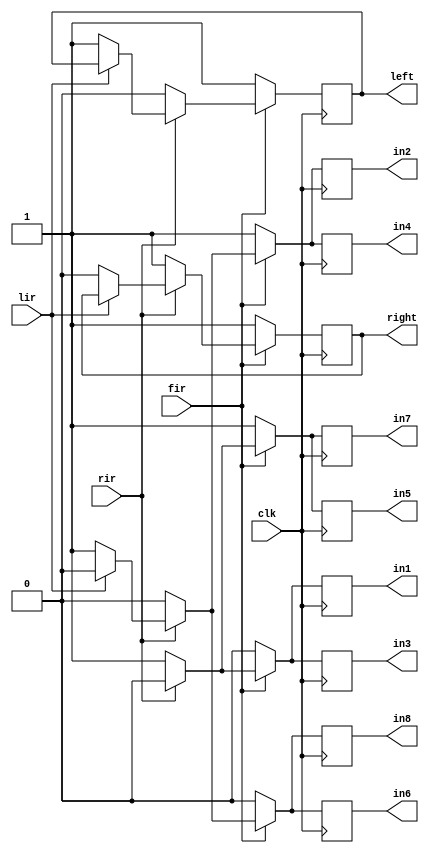
 module motorDrive ( output reg
    in1,
     in2,
      in3,
       in4,
        in5, 
        in6,
         in7,
          in8,
           left,
            right, 
             input fir,
						rir,
						    lir,
						     clk
         )  ;
         always@(posedge clk) 
         begin 
			if (fir)
			begin 
			if (~rir)
			begin 
				in1 =1'b1 ; 
				in2 = 1'b0 ; 
				in3 = 1'b1 ; 
				in4 = 1'b0 ; 
				in5 = 1'b1 ; 
				in6 = 1'b0 ; 
				in7 = 1'b1 ; 
				in8 = 1'b0 ;
				right = 1 ; 
				left = 0 ;
			end 
			else 
			if (~lir) 
			begin
						  in1 = 1'b0 ; 
						  in2 = 1'b1 ; 
						  in3 = 1'b0 ; 
						  in4 = 1'b1 ; 
						  in5 = 1'b0 ; 
						  in6 = 1'b1 ; 
						  in7 = 1'b0 ; 
						  in8 = 1'b1 ; 
						  left = 1 ; 
						  right = 0 ; 
			end 
			else 
			begin 
						  in1 = 1'b0 ; 
						  in2 = 1'b0 ; 
						  in3 = 1'b0 ; 
						  in4 = 1'b0 ; 
						  in5 = 1'b0 ; 
						  in6 = 1'b0 ; 
						  in7 = 1'b0 ; 
						  in8 = 1'b0 ;
			end 
			end 
			else 
			begin 
			in1 = 0 ; 
			in2 = 1 ; 
			in3 = 0 ;
			in4 = 1 ; 
			in5 = 1 ; 
			in6 =0 ; 
			in7 = 1 ;
			in8 = 0 ; 
			left = 1 ; 
			right = 1 ;
			end 
			end  

 endmodule